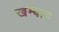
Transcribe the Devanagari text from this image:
खम्बाव